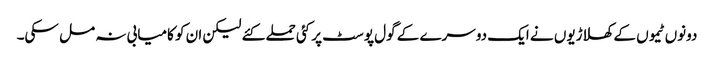
دونوں ٹیموں کے کھلاڑیوں نے ایک دوسرے کے گول پوسٹ پر کئی حملے کئے لیکن ان کو کامیابی نہ مل سکی۔